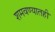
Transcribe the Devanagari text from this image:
शमवण्यातही